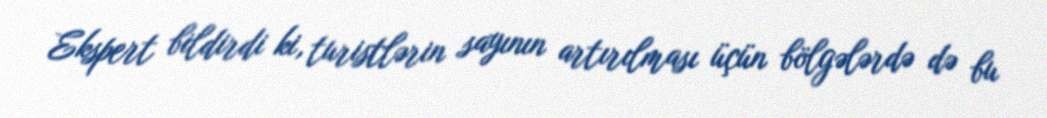
Ekspert bildirdi ki, turistlərin sayının artırılması üçün bölgələrdə də bu